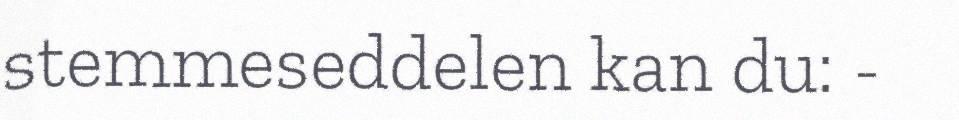
stemmeseddelen kan du: -